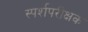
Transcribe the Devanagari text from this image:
स्पर्शपरीक्षक